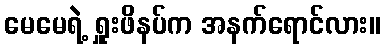
မေမေရဲ့ ရှူးဖိနပ်က အနက်ရောင်လား။